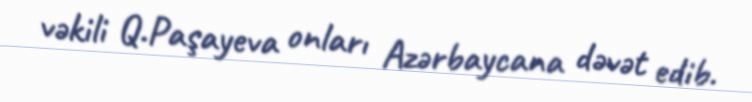
vəkili Q.Paşayeva onları Azərbaycana dəvət edib.